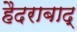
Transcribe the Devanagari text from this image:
हैदराबाद्